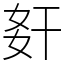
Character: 姧